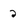
Character: 2